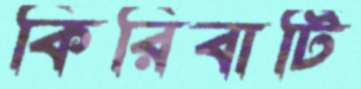
কিরিবাটি